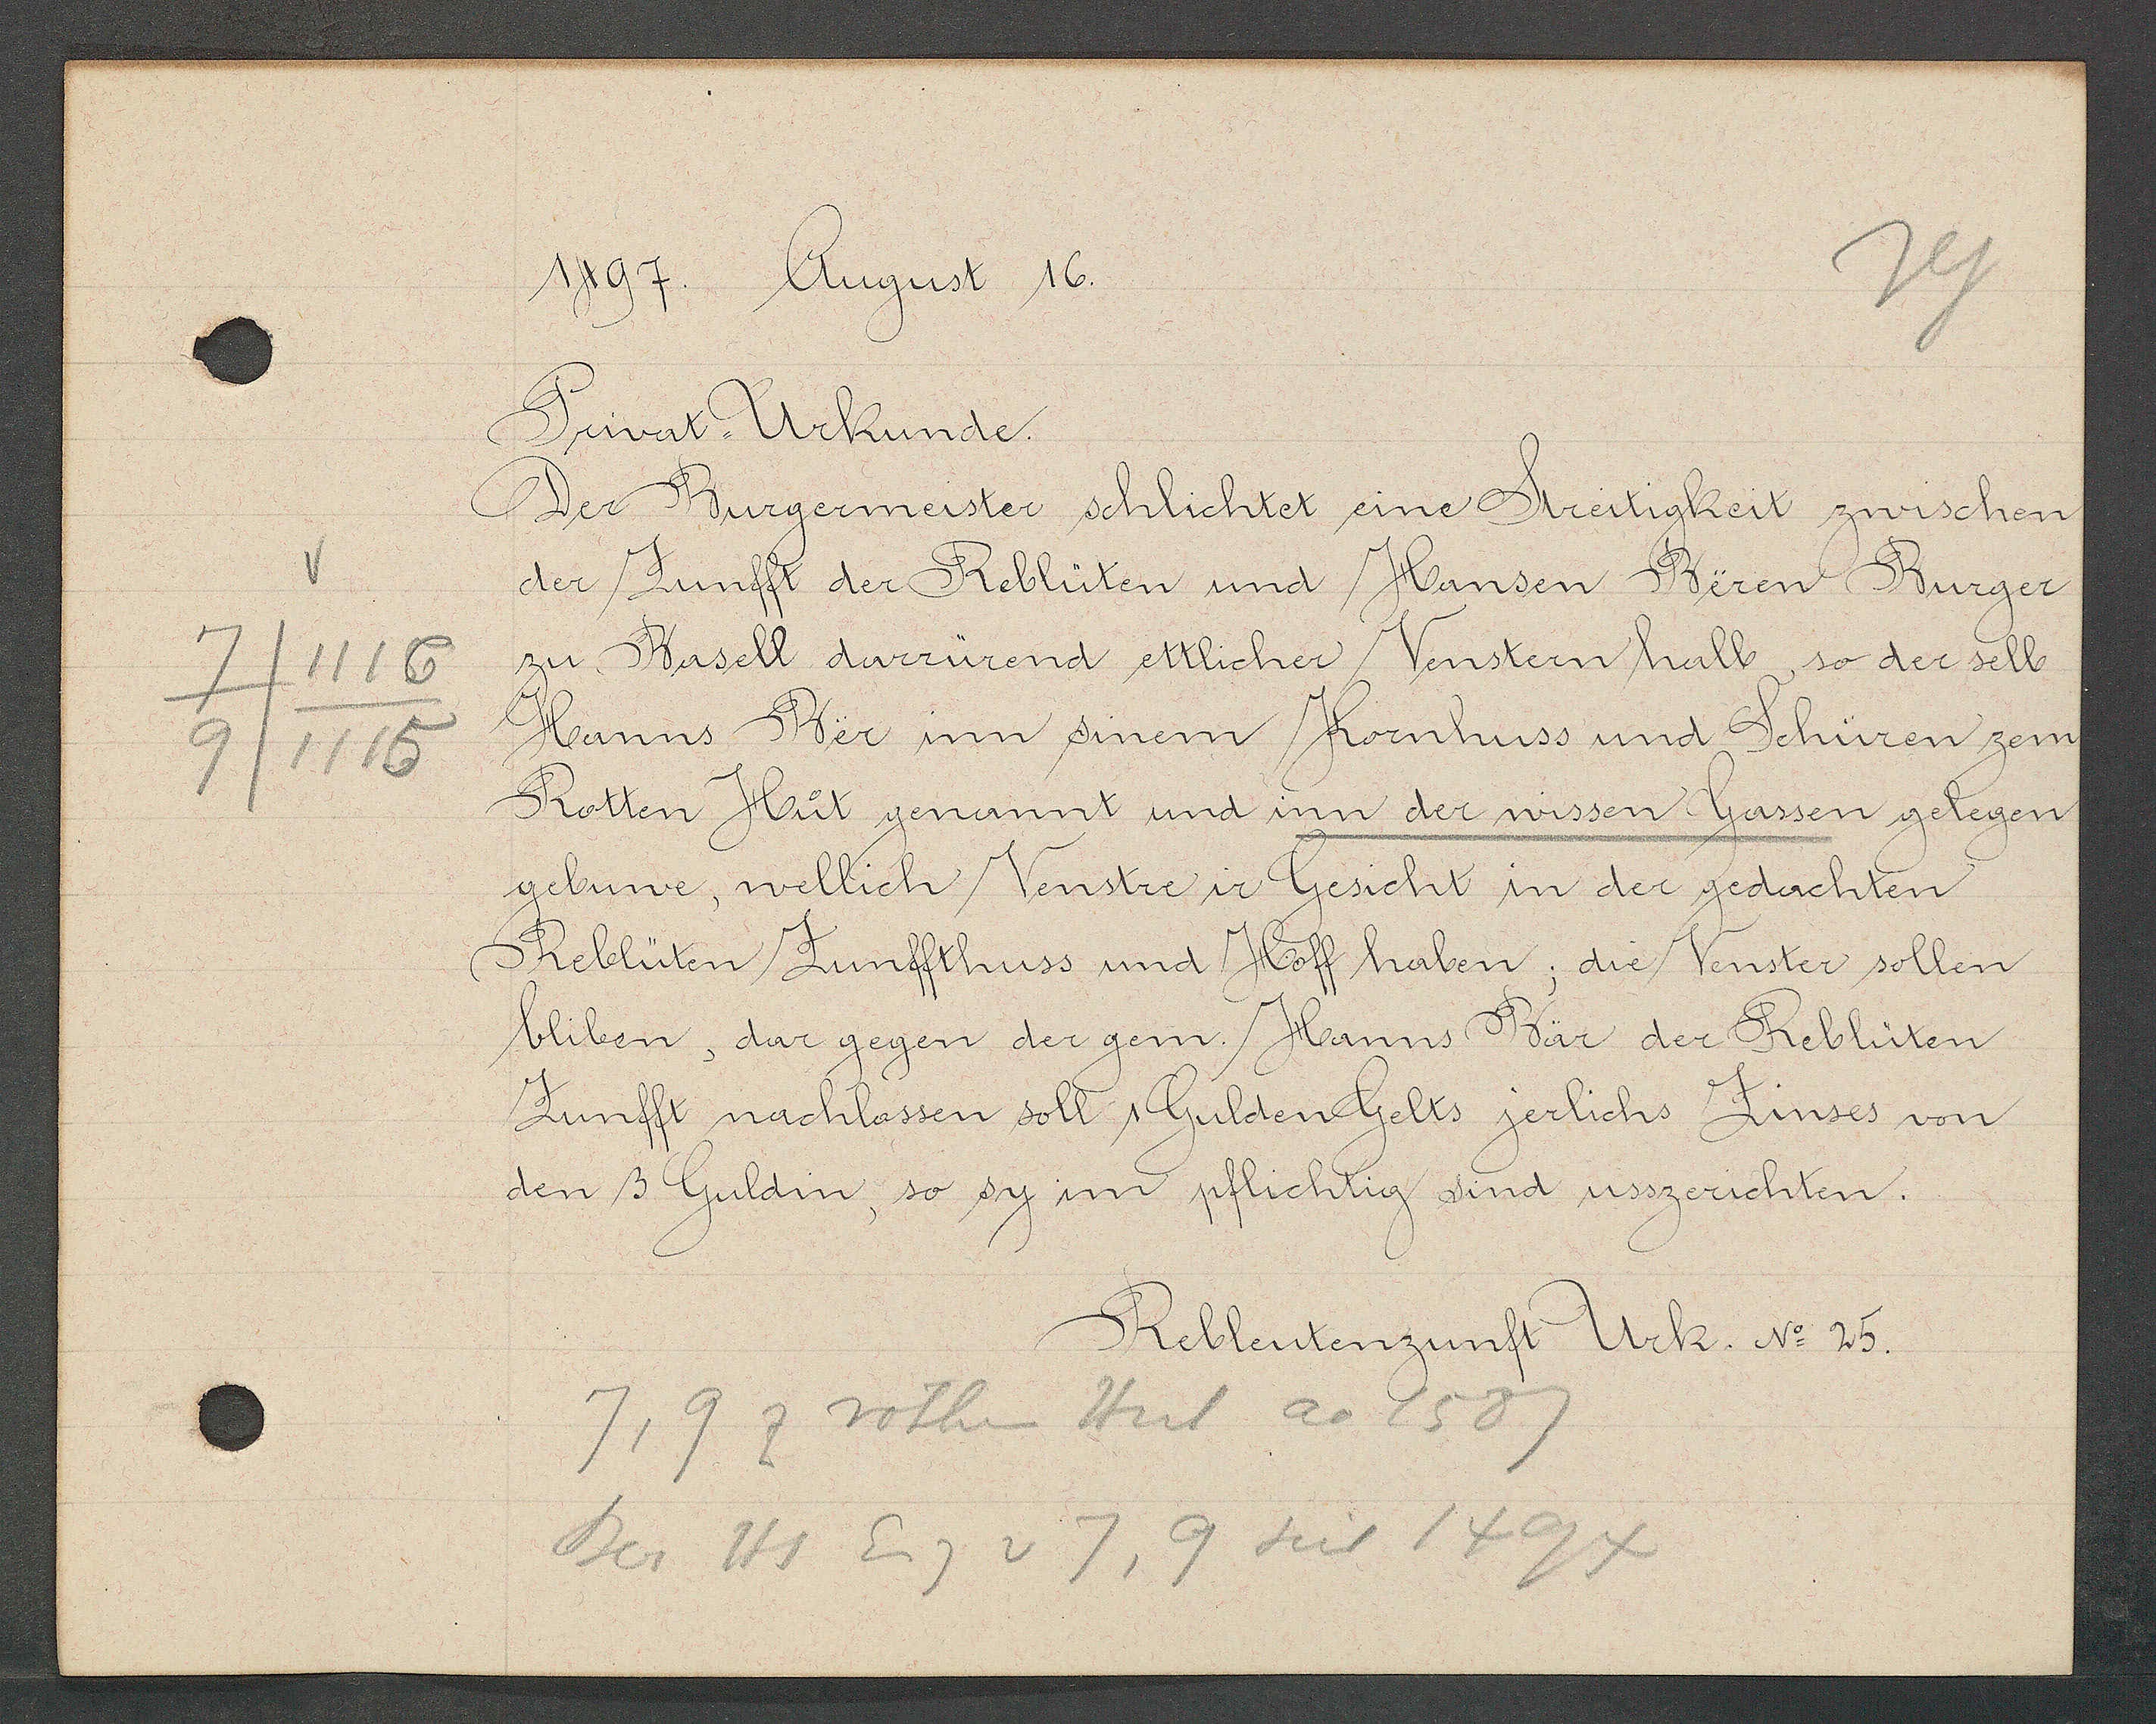
Transcript:
7/1116
9/1115

1497. August 16.
Privat: Urkunde.
Der Burgermeister schlichtet eine Streitigkeit zwischen
der Zunfft der Reblüten und Hansen Beren Burger
zu Basell darrürend ettlicher Venstern halb, so der selb
Hanns Bär inn sinem Kornhuss und Schüren zem
Rotten Hüt genannt und inn der wissen Gassen gelegen
gebune, wellich Venstre ir Gesicht in der gedachten;
 Reblüten Zunffthuss und Hoff haben; die Venster sollen
bliben, dar gegen der gem. Hanns Bär der Reblüten
Zunfft nachlassen soll 1 Gulden Gelts jerlichs Zinses von
den 3 Guldin, so sy im pflichtig sind usszerichten,

Reblutenzunft Urk. No. 25.

7,9 z rothen Hut ao 1587
Ber Hs Eig v 7, 9 seit 1494